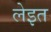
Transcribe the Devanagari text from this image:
लेइत